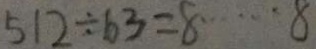
5 1 2 \div 6 3 = 8 \cdots 8